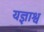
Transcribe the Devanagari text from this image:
यज्ञाश्व